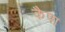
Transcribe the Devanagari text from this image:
कैपा